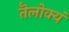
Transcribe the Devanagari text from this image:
तॆलोक्यं